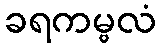
ခရကမ္ဗလံ